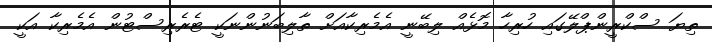
ތިޔަ ސްކްރީންޕްލޭގައި ހުރިހާ މޮޅެއް ލިބޭނީ އެމެރިކާއަށް ތާލިބަނުންނަކީ ޓެރެރިސްޓުން އެމެރިކާ އަކީ